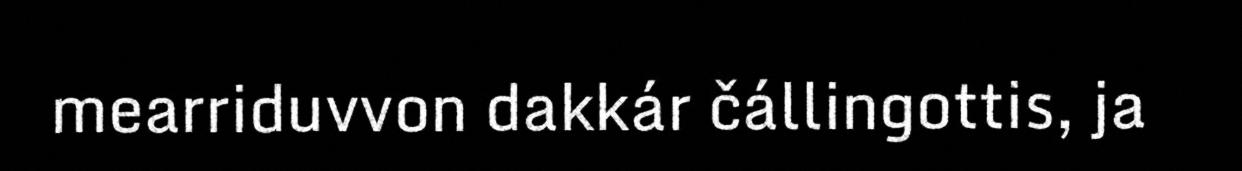
mearriduvvon dakkár čállingottis, ja